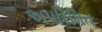
અપરિમિત